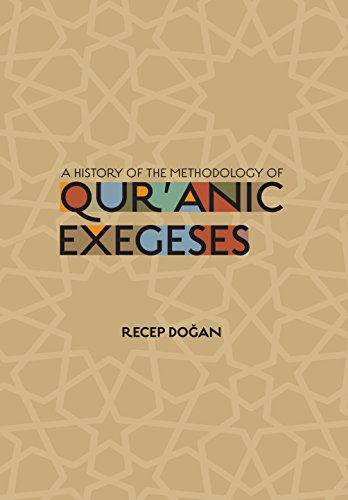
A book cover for Usul al-Fiqh: Methodology of Islamic Jurisprudence; Recep Dogan; Religion & Spirituality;